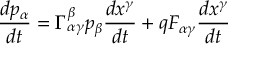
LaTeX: { \frac { d p _ { \alpha } } { d t } } = \Gamma _ { \alpha \gamma } ^ { \beta } p _ { \beta } { \frac { d x ^ { \gamma } } { d t } } + q F _ { \alpha \gamma } { \frac { d x ^ { \gamma } } { d t } }